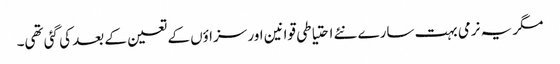
مگر یہ نرمی بہت سارے نئے احتیاطی قوانین اور سزاؤں کے تعین کے بعد کی گئی تھی۔